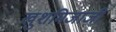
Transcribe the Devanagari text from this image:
खुशमिजाजी